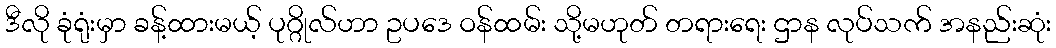
ဒီလို ခုံရုံးမှာ ခန့်ထားမယ့် ပုဂ္ဂိုလ်ဟာ ဥပဒေ ဝန်ထမ်း သို့မဟုတ် တရားရေး ဌာန လုပ်သက် အနည်းဆုံး